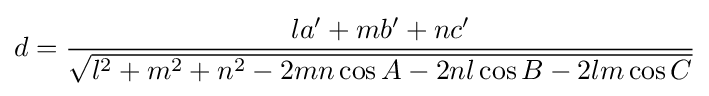
d={\frac {la'+mb'+nc'}{\sqrt {l^{2}+m^{2}+n^{2}-2mn\cos A-2nl\cos B-2lm\cos C}}}